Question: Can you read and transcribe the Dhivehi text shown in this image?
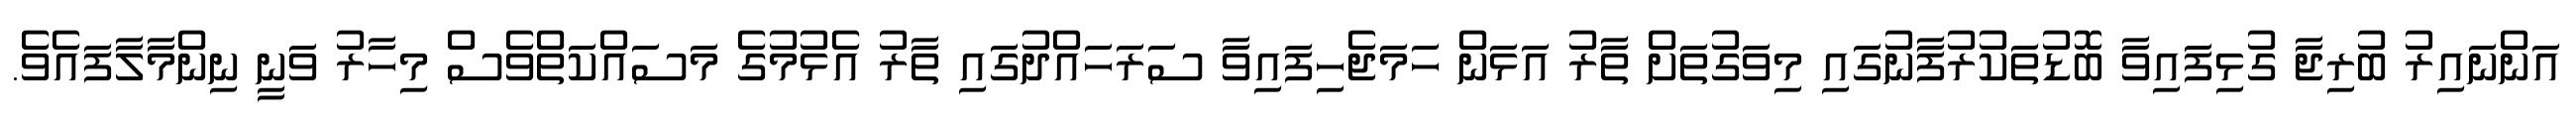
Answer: އަންނައިރު ބުރިޖާ ގުޅިފައިވާ ބޮޑުތަކުރުފާނުގައި މިވަގުތަށް ތާރު އަޅަން ހަމަޖެހިފައިވާ ސަރަހައްދުގައި ތާރު އެޅުމުގެ މަސައްކަތްވެސް މިހާރު ވަނީ ނިންމާލާފައެވެ.